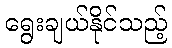
ရွေးချယ်နိုင်သည့်